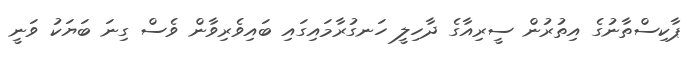
ޕާކިސްތާނުގެ އިތުރުން ސީރިއާގެ ދާހިލީ ހަނގުރާމައިގައި ބައިވެރިވާން ވެސް ގިނަ ބަޔަކު ވަނީ